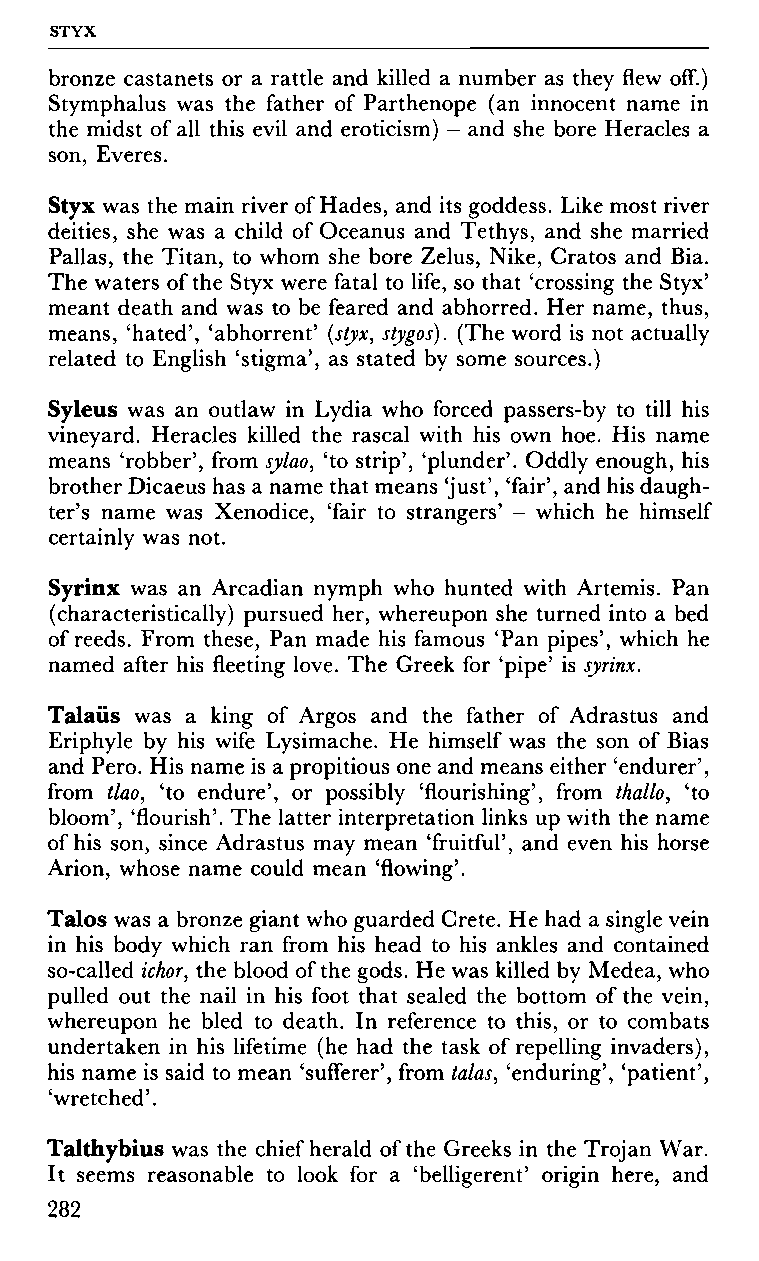
STYX
 bronze castanets or a rattle and killed a number as they flew off.)
 Stymphalus was the father of Parthenope (an innocent name in
 the midst of all this evil and eroticism) - and she bore Heracles a
 son, Everes.
 Styx was the main river of Hades, and its goddess. Like most river
 deities, she was a child of Oceanus and Tethys, and she married
 Pallas, the Titan, to whom she bore Zelus, Nike, Cratos and Bia.
 The waters of the Styx were fatal to life, so that 'crossing the Styx'
 meant death and was to be feared and abhorred. Her name, thus,
 means, 'hated', 'abhorrent' (styx, stygos). (The word is not actually
 related to English 'stigma', as stated by some sources.)
 Syleus was an outlaw in Lydia who forced passers-by to till his
 vineyard. Heracles killed the rascal with his own hoe. His name
 means 'robber', from sylao, 'to strip', 'plunder'. Oddly enough, his
 brother Dicaeus has a name that means 'just', 'fair', and his daugh
 ter's name was Xenodice, 'fair to strangers' - which he himself
 certainly was not.
 Syrinx was an Arcadian nymph who hunted with Artemis. Pan
 (characteristically) pursued her, whereupon she turned into a bed
 of reeds. From these, Pan made his famous 'Pan pipes', which he
 named after his fleeting love. The Greek for 'pipe' is syrinx.
 Talaiis was a king of Argos and the father of Adrastus and
 Eriphyle by his wife Lysimache. He himself was the son of Bias
 and Pero. His name is a propitious one and means either 'endurer',
 from tlao, 'to endure', or possibly 'flourishing', from thallo, 'to
 bloom', 'flourish'. The latter interpretation links up with the name
 of his son, since Adrastus may mean 'fruitful', and even his horse
 Arion, whose name could mean 'flowing'.
 Talos was a bronze giant who guarded Crete. He had a single vein
 in his body which ran from his head to his ankles and contained
 so-called ichor, the blood of the gods. He was killed by Medea, who
 pulled out the nail in his foot that sealed the bottom of the vein,
 whereupon he bled to death. In reference to this, or to combats
 undertaken in his lifetime (he had the task of repelling invaders),
 his name is said to mean 'sufferer', from talas, 'enduring', 'patient',
 'wretched'.
 Talthybius was the chief herald of the Greeks in the Trojan War.
 It seems reasonable to look for a 'belligerent' origin here, and
 282